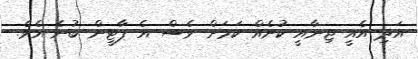
އަދި އެއީ ޖިނާއީ ކުށެއް ކަމަށް ވެސް އެ ޕާޓީން ބުނެ އެވެ.